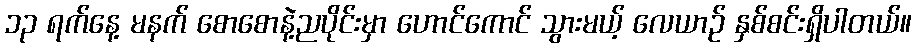
၁၃ ရက်နေ့ မနက် စောစောနဲ့ညပိုင်းမှာ ဟောင်ကောင် သွားမယ့် လေယာဉ် နှစ်စင်းရှိပါတယ်။